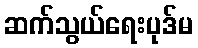
ဆက်သွယ်ရေးပုဒ်မ